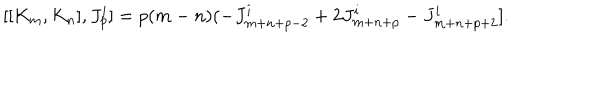
[ [ K _ { m } , K _ { n } ] , J _ { p } ^ { i } ] = p ( m - n ) ( - J _ { m + n + p - 2 } ^ { i } + 2 J _ { m + n + p } ^ { i } - J _ { m + n + p + 2 } ^ { i } ] .